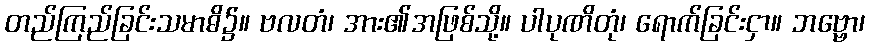
တည်ကြည်ခြင်းသမာဓိ၌။ ဗလတံ၊ အား၏အဖြစ်သို့။ ပါပုဏိတုံ၊ ရောက်ခြင်းငှာ။ ဘဗ္ဗော၊